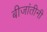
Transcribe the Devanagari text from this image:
बीजांतीनी